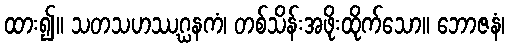
ထား၍။ သတသဟဿဂ္ဃနကံ၊ တစ်သိန်းအဖိုးထိုက်သော။ ဘောဇနံ၊